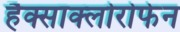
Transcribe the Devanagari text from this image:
हैक्साक्लोरोफेन